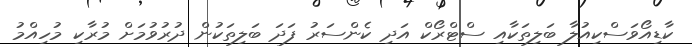
ކާޑިއޯވަސްކިއުލާ ބަލިތަކާއި ސްޓްރޯކް އަދި ކެންސަރު ފަދަ ބަލިތަކުން ދުރުވުމަށް މުރާކި މުހިއްމު